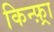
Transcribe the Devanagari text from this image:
किन्फ़्रा